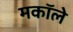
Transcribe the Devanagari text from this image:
मकॉले